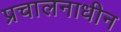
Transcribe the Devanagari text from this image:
प्रचालनाधीन